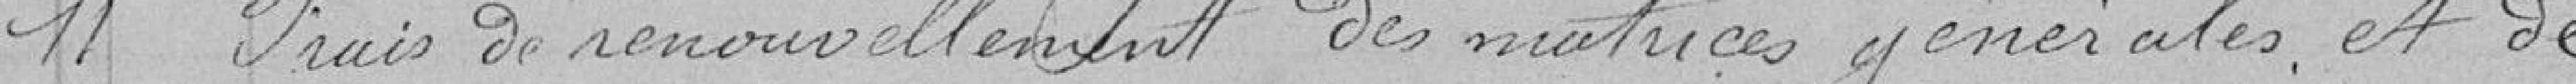
11 Frais de renouvellement des matières générales et de